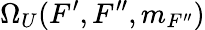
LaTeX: \Omega_{U}(F^{\prime},F^{\prime\prime},m_{F^{\prime\prime}})